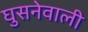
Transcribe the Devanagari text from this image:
घुसनेवाली